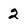
Character: 2